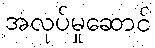
အလုပ်မှုဆောင်